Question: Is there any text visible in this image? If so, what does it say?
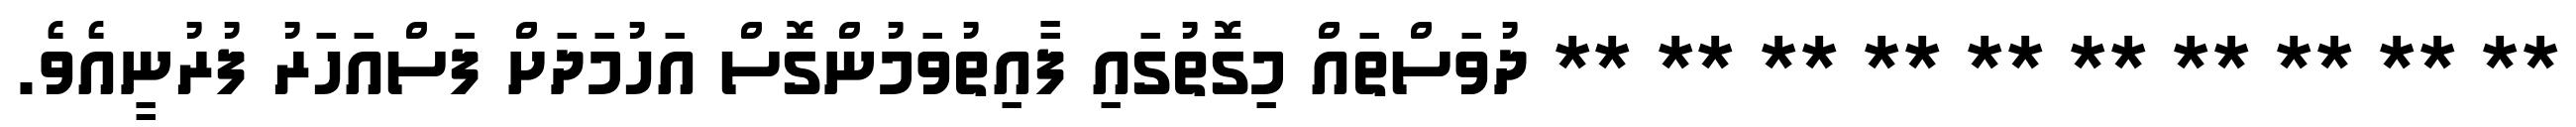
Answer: ** ** ** ** ** ** ** ** ** ** ދުވަސްތައް މިގޮތުގައި ފާއިތުވަމުންގޮސް އަހުމަދަށް ފަސްއަހަރު ފުރުނީއެވެ.